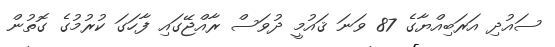
ސައުދި އަރަބިއްޔާގެ 87 ވަނަ ޤައުމީ ދުވަސް ރާއްޖޭގައި ފާހަގަ ކުރުމުގެ ގޮތުން